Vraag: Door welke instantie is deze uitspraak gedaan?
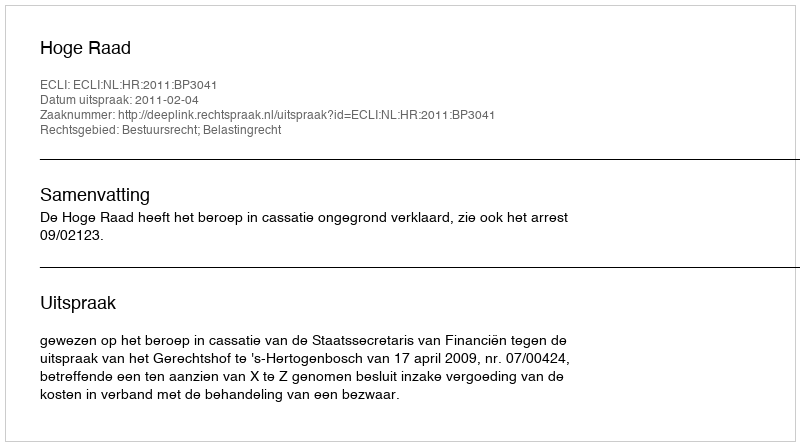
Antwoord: Hoge Raad